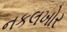
નકલખોર